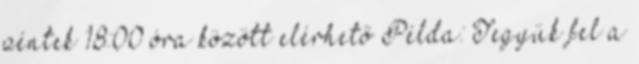
péntek 18:00 óra között elérhető Példa: Tegyük fel a